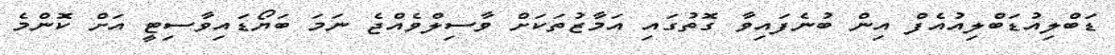
ޑަބްލިއުޑަބްލިއުއެފް އިން ބުނެފައިވާ ގޮތުގައި އަމާޒުތަކަށް ވާސިލްވެއްޖެ ނަމަ ބަޔޯޑައިވާސިޓީ އަށް ކޮންމެ